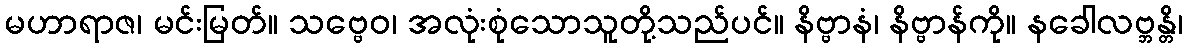
မဟာရာဇ၊ မင်းမြတ်။ သဗ္ဗေဝ၊ အလုံးစုံသောသူတို့သည်ပင်။ နိဗ္ဗာနံ၊ နိဗ္ဗာန်ကို။ နခေါလဗ္ဘန္တိ၊